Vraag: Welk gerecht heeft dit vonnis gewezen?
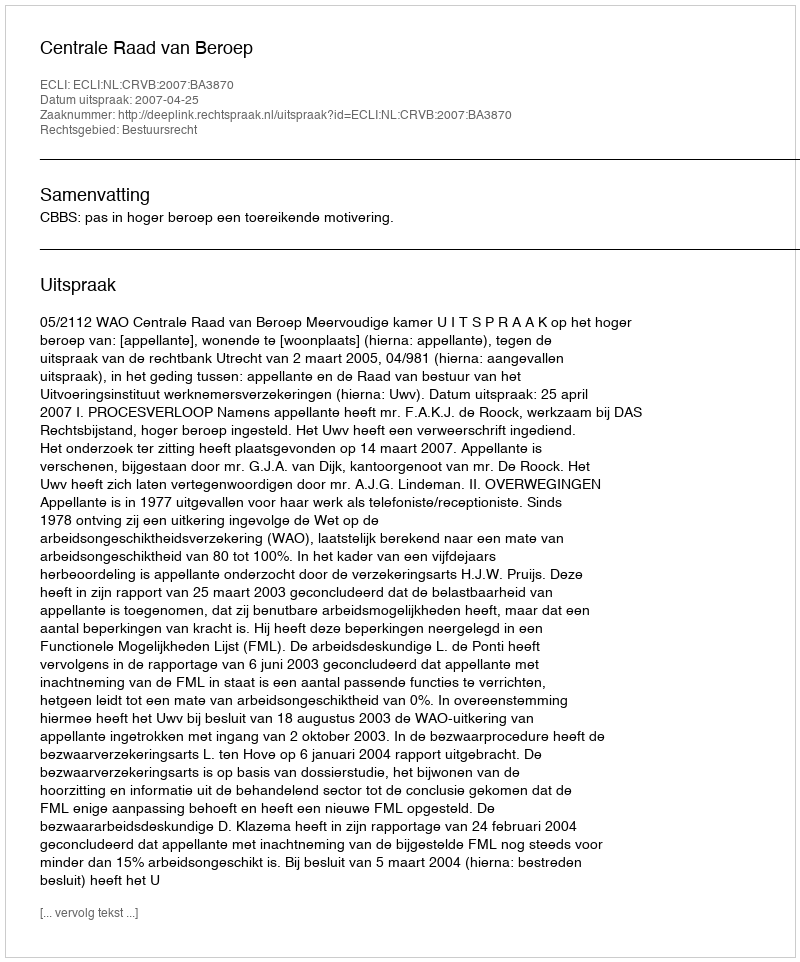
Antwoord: Centrale Raad van Beroep